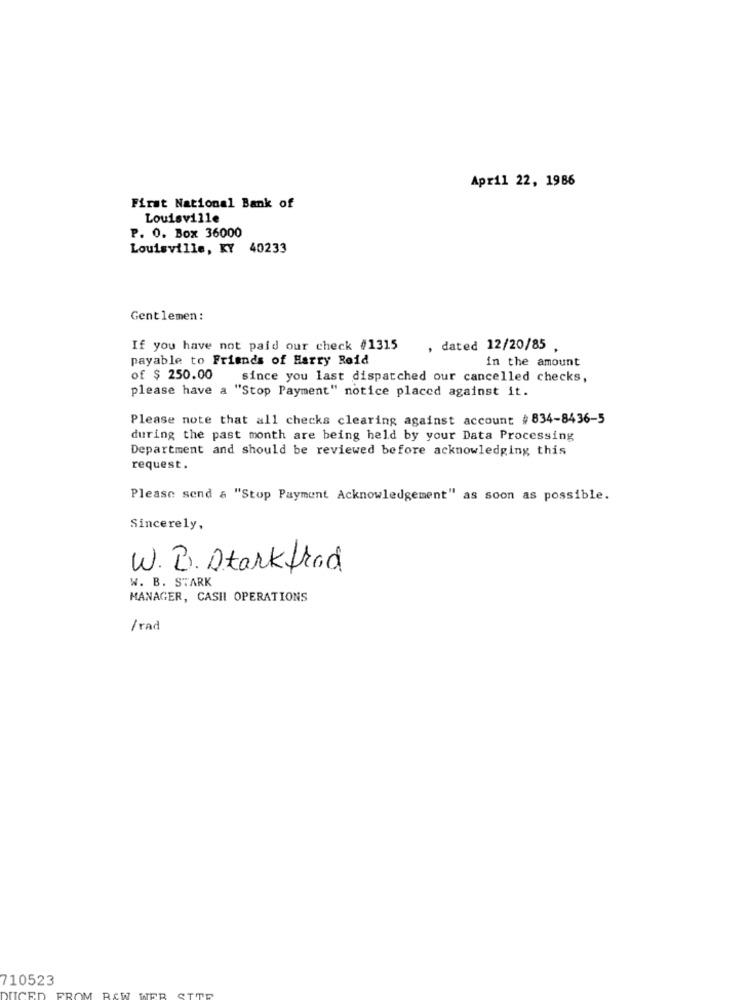
April 22, 1986
First National Bank of
Louisville
P. 0. Box 36000
Louisville, KY 40233
Gentlemen :
If you have not paid our check #1315
, dated 12/20/85 ,
payable to Friends of Harry Reid
in the amount
of $ 250.00
since you last dispatched our cancelled checks,
please have a "Stop Payment" notice placed against it.
Please note that all checks clearing against account # 834-8436-5
during the past month are being held by your Data Processing
Department and should be reviewed before acknowledging this
request.
Please send a "Stop Payment Acknowledgement" as soon as possible.
Sincerely,
W.B. Starkfrad
W. B. STARK
MANAGER, CASII OPERATIONS
/rad
710523
RAW WEB SITE
UCED